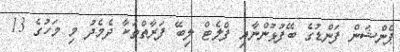
ޕެންޝަން ފަންޑުގެ ބޭފުޅުންނާއި ފްލެޓް ލިބޭ ފަރާތްތަކާ ދެމެދު މި މަހުގެ 13